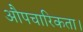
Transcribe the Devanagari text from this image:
औपचारिकता।